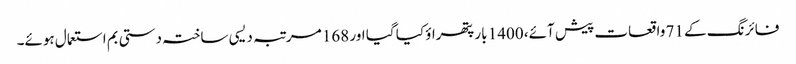
فائرنگ کے 71 واقعات پیش آئے، 1400 بار پتھراؤ کیا گیا اور 168 مرتبہ دیسی ساختہ دستی بم استعمال ہوئے۔